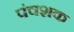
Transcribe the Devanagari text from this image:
पंचशक